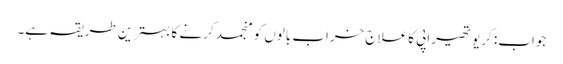
جواب: کریوتھیراپی کا علاج خراب بالوں کو منجمد کرنے کا بہترین طریقہ ہے۔